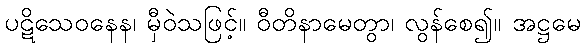
ပဋိသေဝနေန၊ မှီဝဲသဖြင့်။ ဝီတိနာမေတွာ၊ လွန်စေ၍။ အဋ္ဌမေ